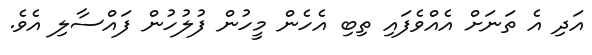
އަދި އެ ތަނަށް އެއްވެފައި ތިބި އެހެން މީހުން ފުލުހުން ފައްސާލި އެވެ.